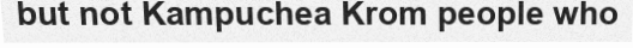
but not Kampuchea Krom people who